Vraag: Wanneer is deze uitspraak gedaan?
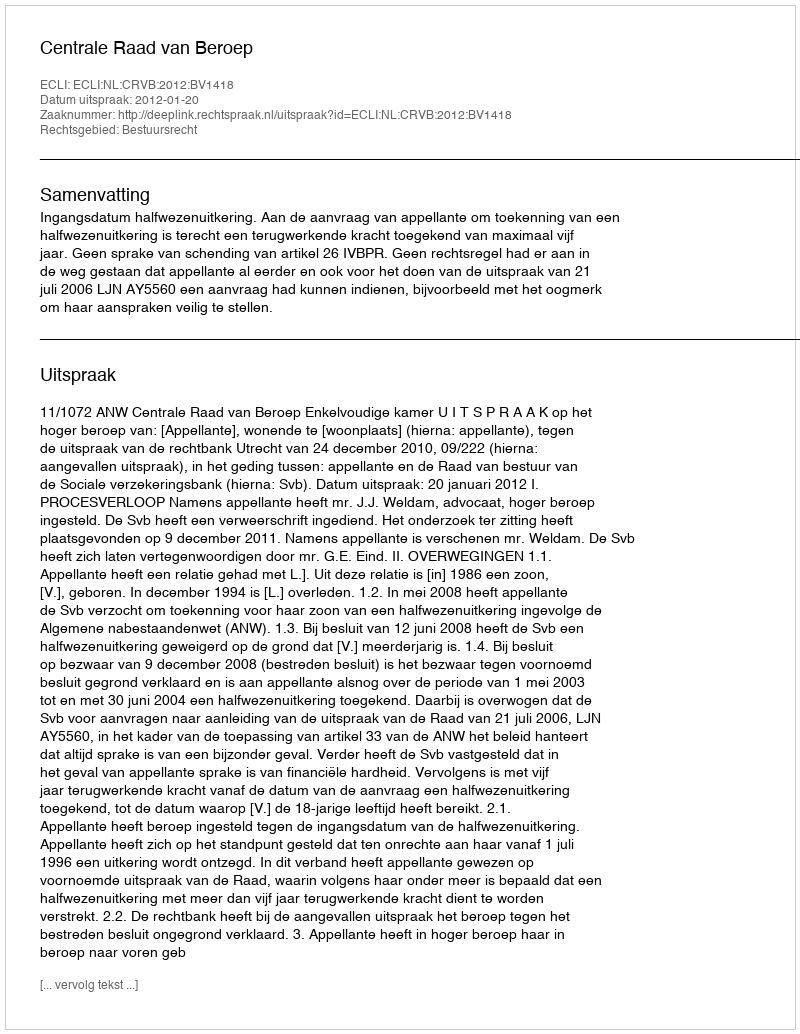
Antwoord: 2012-01-20